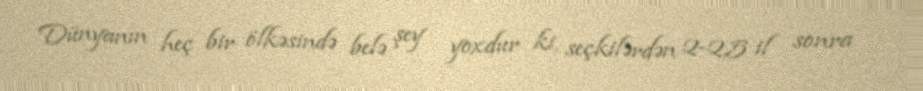
Dünyanın heç bir ölkəsində belə şey yoxdur ki, seçkilərdən 2-2,5 il sonra